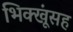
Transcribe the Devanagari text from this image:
भिक्खूंसह